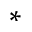
^ \ast